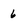
Character: 6